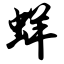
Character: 蛘